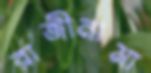
রাজীনামা